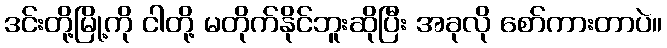
ဒင်းတို့မြို့ကို ငါတို့ မတိုက်နိုင်ဘူးဆိုပြီး အခုလို စော်ကားတာပဲ။